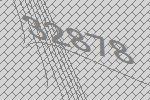
32878